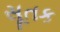
સૂતક